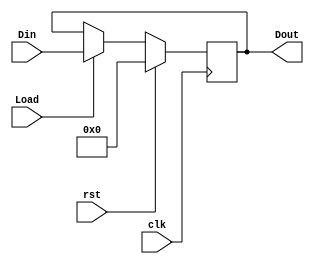
`timescale 1ns / 1ps

module ID_EX_pipeline(
input clk,
input rst,
input Load,
input [164:0] Din,
output reg [164:0] Dout
    );
    
    always @(posedge clk) 
    begin
    if (rst==1'b1)
        Dout <= 165'd0; 
    else if (Load == 1'b1)
        Dout <= Din; 
    end 
    
endmodule